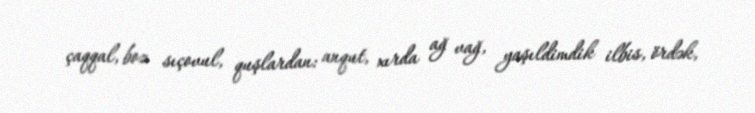
çaqqal, boz sıçovul, quşlardan: anqut, xırda ağ vağ, yaşıldimdik ilbis, ördək,